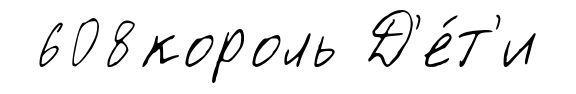
608король Д'е́т'и